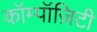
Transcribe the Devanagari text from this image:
कॉम्पॉज़िटी